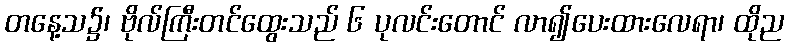
တနေ့သ၌၊ ဗိုလ်ကြီးတင်ထွေးသည် ၆ ပုလင်းတောင် လာ၍ပေးထားလေရာ၊ ထိုည